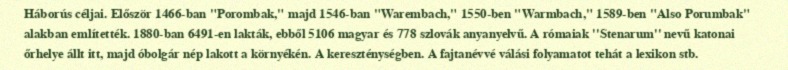
Háborús céljai. Először 1466-ban "Porombak," majd 1546-ban "Warembach," 1550-ben "Warmbach," 1589-ben "Also Porumbak" alakban említették. 1880-ban 6491-en lakták, ebből 5106 magyar és 778 szlovák anyanyelvű. A rómaiak ''Stenarum'' nevű katonai őrhelye állt itt, majd óbolgár nép lakott a környékén. A kereszténységben. A fajtanévvé válási folyamatot tehát a lexikon stb.